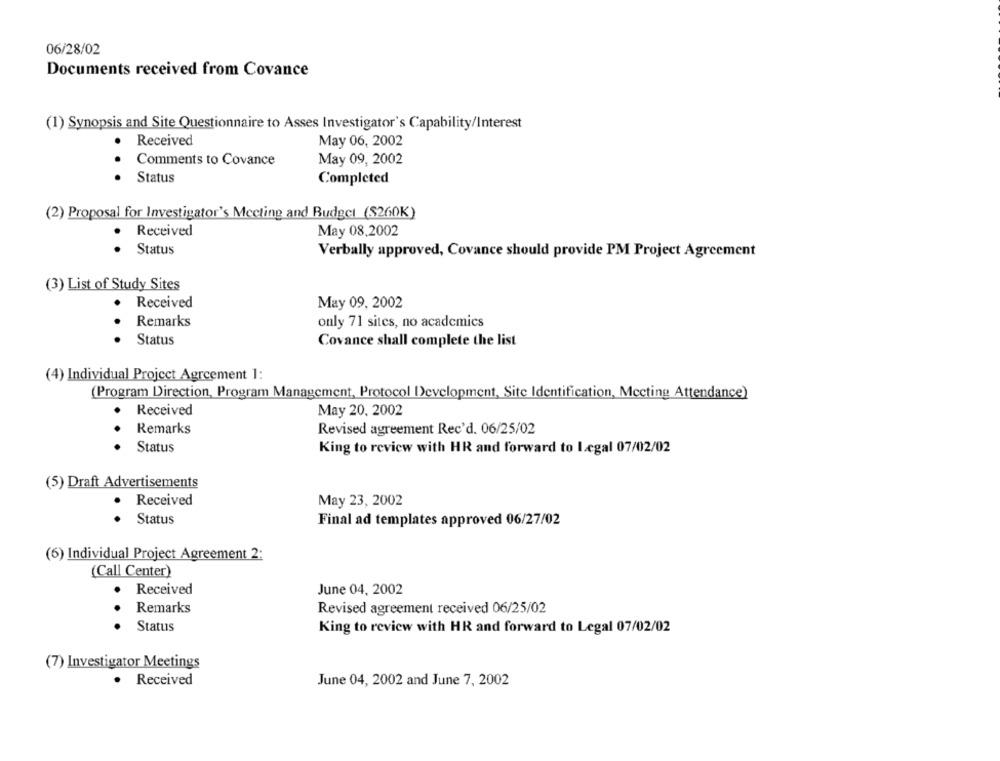
06/28/02
Documents received from Covance
(1) Synopsis and Site Questionnaire to Asses Investigator's Capability/Interest
Received
May 06, 2002
May 09, 2002
Comments to Covance
Status
Completed
(2) Proposal for Investigator's Meeting and Budget ($260K)
.
Received
May 08.2002
Status
Verbally approved, Covance should provide PM Project Agreement
(3) List of Study Sites
Received
May 09, 2002
..
Remarks
only 71 sites, no academics
Status
Covance shall complete the list
(4) Individual Project Agreement 1:
(Program Direction, Program Management, Protocol Development, Site Identification, Meeting Attendance)
Received
May 20, 2002
Remarks
Revised agreement Rec'd. 06/25/02
Status
King to review with HR and forward to Legal 07/02/02
(5) Draft Advertisements
· Received
May 23, 2002
Status
Final ad templates approved 06/27/02
(6) Individual Project Agreement 2:
(Call Center)
Received
June 04, 2002
..
Remarks
Revised agreement received 06/25/02
Status
King to review with HR and forward to Legal 07/02/02
(7) Investigator Meetings
Received
June 04, 2002 and June 7, 2002